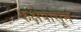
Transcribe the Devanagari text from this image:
कक्षेपासून